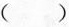
()